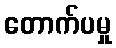
တောက်ပမှု